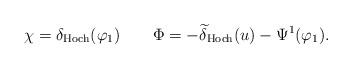
LaTeX: \begin{align*}\chi = \delta_\mathrm{Hoch} (\varphi_1) ~~~ ~~~ \Phi = - \widetilde{\delta}_\mathrm{Hoch}(u) - \Psi^1 (\varphi_1).\end{align*}